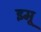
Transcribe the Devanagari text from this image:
इमू